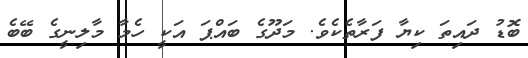
ބޮޑު ދައިތަ ކިޔާ ފަރާތެކެވެ. މަދޫގެ ބައްޕަ އަކީ ހެމާ މާލިނީގެ ބޭބެ